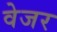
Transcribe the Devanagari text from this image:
वेजर